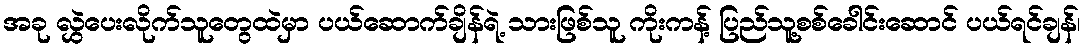
အခု လွှဲပေးလိုက်သူတွေထဲမှာ ပယ်ဆောက်ချိန်ရဲ့ သားဖြစ်သူ ကိုးကန့် ပြည်သူ့စစ်ခေါင်းဆောင် ပယ်ရင်ချန်၊